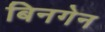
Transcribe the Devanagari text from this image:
बिनगेन